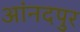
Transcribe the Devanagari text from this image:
आंनदपुर